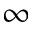
\infty